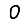
Digit: 0